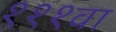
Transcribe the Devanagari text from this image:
१११वा